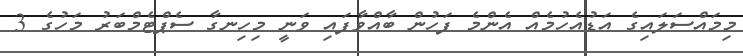
މިމައްސަލައިގެ އަޑުއެހުމެއް އެންމެ ފަހުން ބާއްވާފައި ވަނީ މިހިނގާ ސެޕްޓެމްބަރު މަހުގެ 3